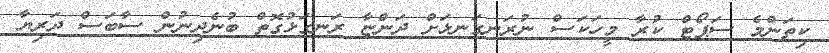
ކިތަންމެ ސަޕޯޓް ކުރާ މީހަކަސް ނުރަނގަނޅަށް ދަންޏާ ރަނގަޅުގޮތް ބުނެދިނުން ސާބަސް ދަރިޔާ